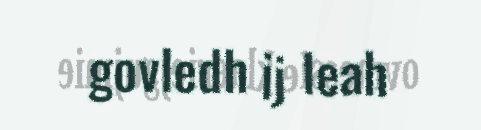
govledh ij leah